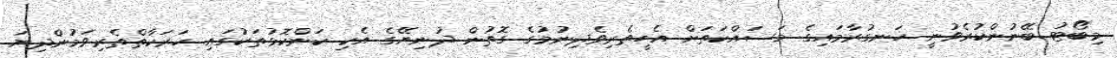
މިބޯޓު ބޭނުންކުރެވުނީ ހަނގުރާމައިގެ މަސައްކަތަށް އެހީތެރިވެދިނުމުގެ ގޮތުން ދުނިޔޭގެ އެކި ކަންކޮޅުތަކުގައި ހަރަކާތްތެރިވަމުންދިޔަ